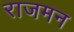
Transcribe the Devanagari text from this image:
राजमन